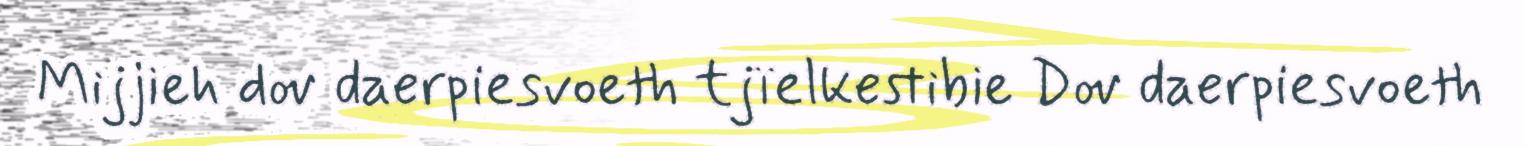
Mijjieh dov daerpiesvoeth tjïelkestibie Dov daerpiesvoeth